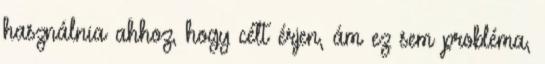
használnia ahhoz, hogy célt érjen, ám ez sem probléma,